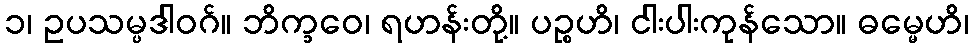
၁၊ ဥပသမ္ပဒါဝဂ်။ ဘိက္ခဝေ၊ ရဟန်းတို့။ ပဉ္စဟိ၊ ငါးပါးကုန်သော။ ဓမ္မေဟိ၊